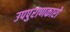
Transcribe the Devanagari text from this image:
उपपुराणकारों